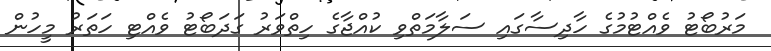
މަރުބޯޓު ވެއްޓުމުގެ ހާދިސާގައި ސަލާމަތްވި ކުއްޖާގެ ހިތްވަރު ގަދަބޯޓު ވެއްޓި ހަތަރު މީހުން